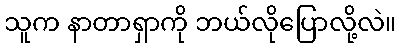
သူက နာတာရှာကို ဘယ်လိုပြောလို့လဲ။